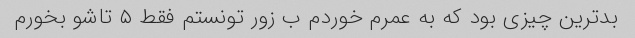
بدترین چیزی بود که به عمرم خوردم ب زور تونستم فقط ۵ تاشو بخورم